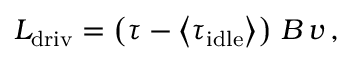
L _ { \mathrm { d r i v } } = \left( \tau - \left< \tau _ { \mathrm { i d l e } } \right> \right) \, B \, v \, ,